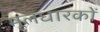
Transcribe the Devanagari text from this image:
मूलधारकों